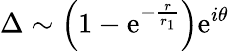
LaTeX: \Delta\sim\left(1-\mathrm{e}^{-\frac{r}{{r_{1}}}}\right)\mathrm{e}^{i\theta}